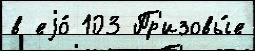
в еjо́ 103 Пр'изовы́е